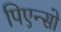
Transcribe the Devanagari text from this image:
पिएन्सो